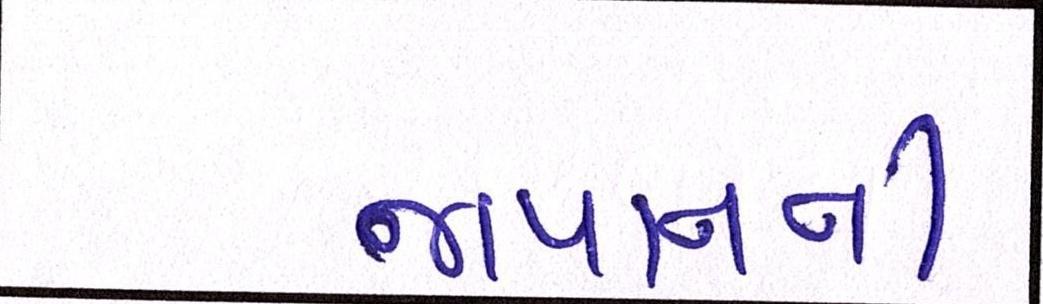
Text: જાપાનની